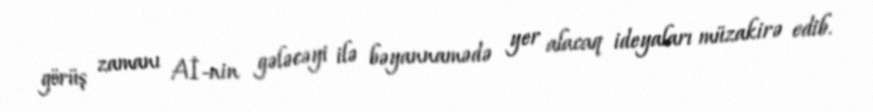
görüş zamanı Aİ-nin gələcəyi ilə bəyannamədə yer alacaq ideyaları müzakirə edib.